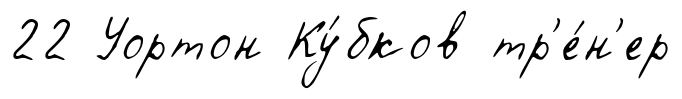
22 Уортон Ку́бков тр'е́н'ер